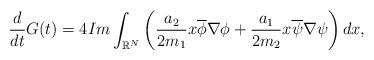
LaTeX: \begin{align*}\left.\begin{array}{ll}\displaystyle\dfrac{d}{dt}G(t)=4Im\int_{\mathbb{R}^N}\left(\dfrac{a_2}{2m_1}x\overline{\phi}\nabla\phi+\dfrac{a_1}{2m_2}x\overline{\psi}\nabla\psi\right)dx,\end{array}\right.\end{align*}